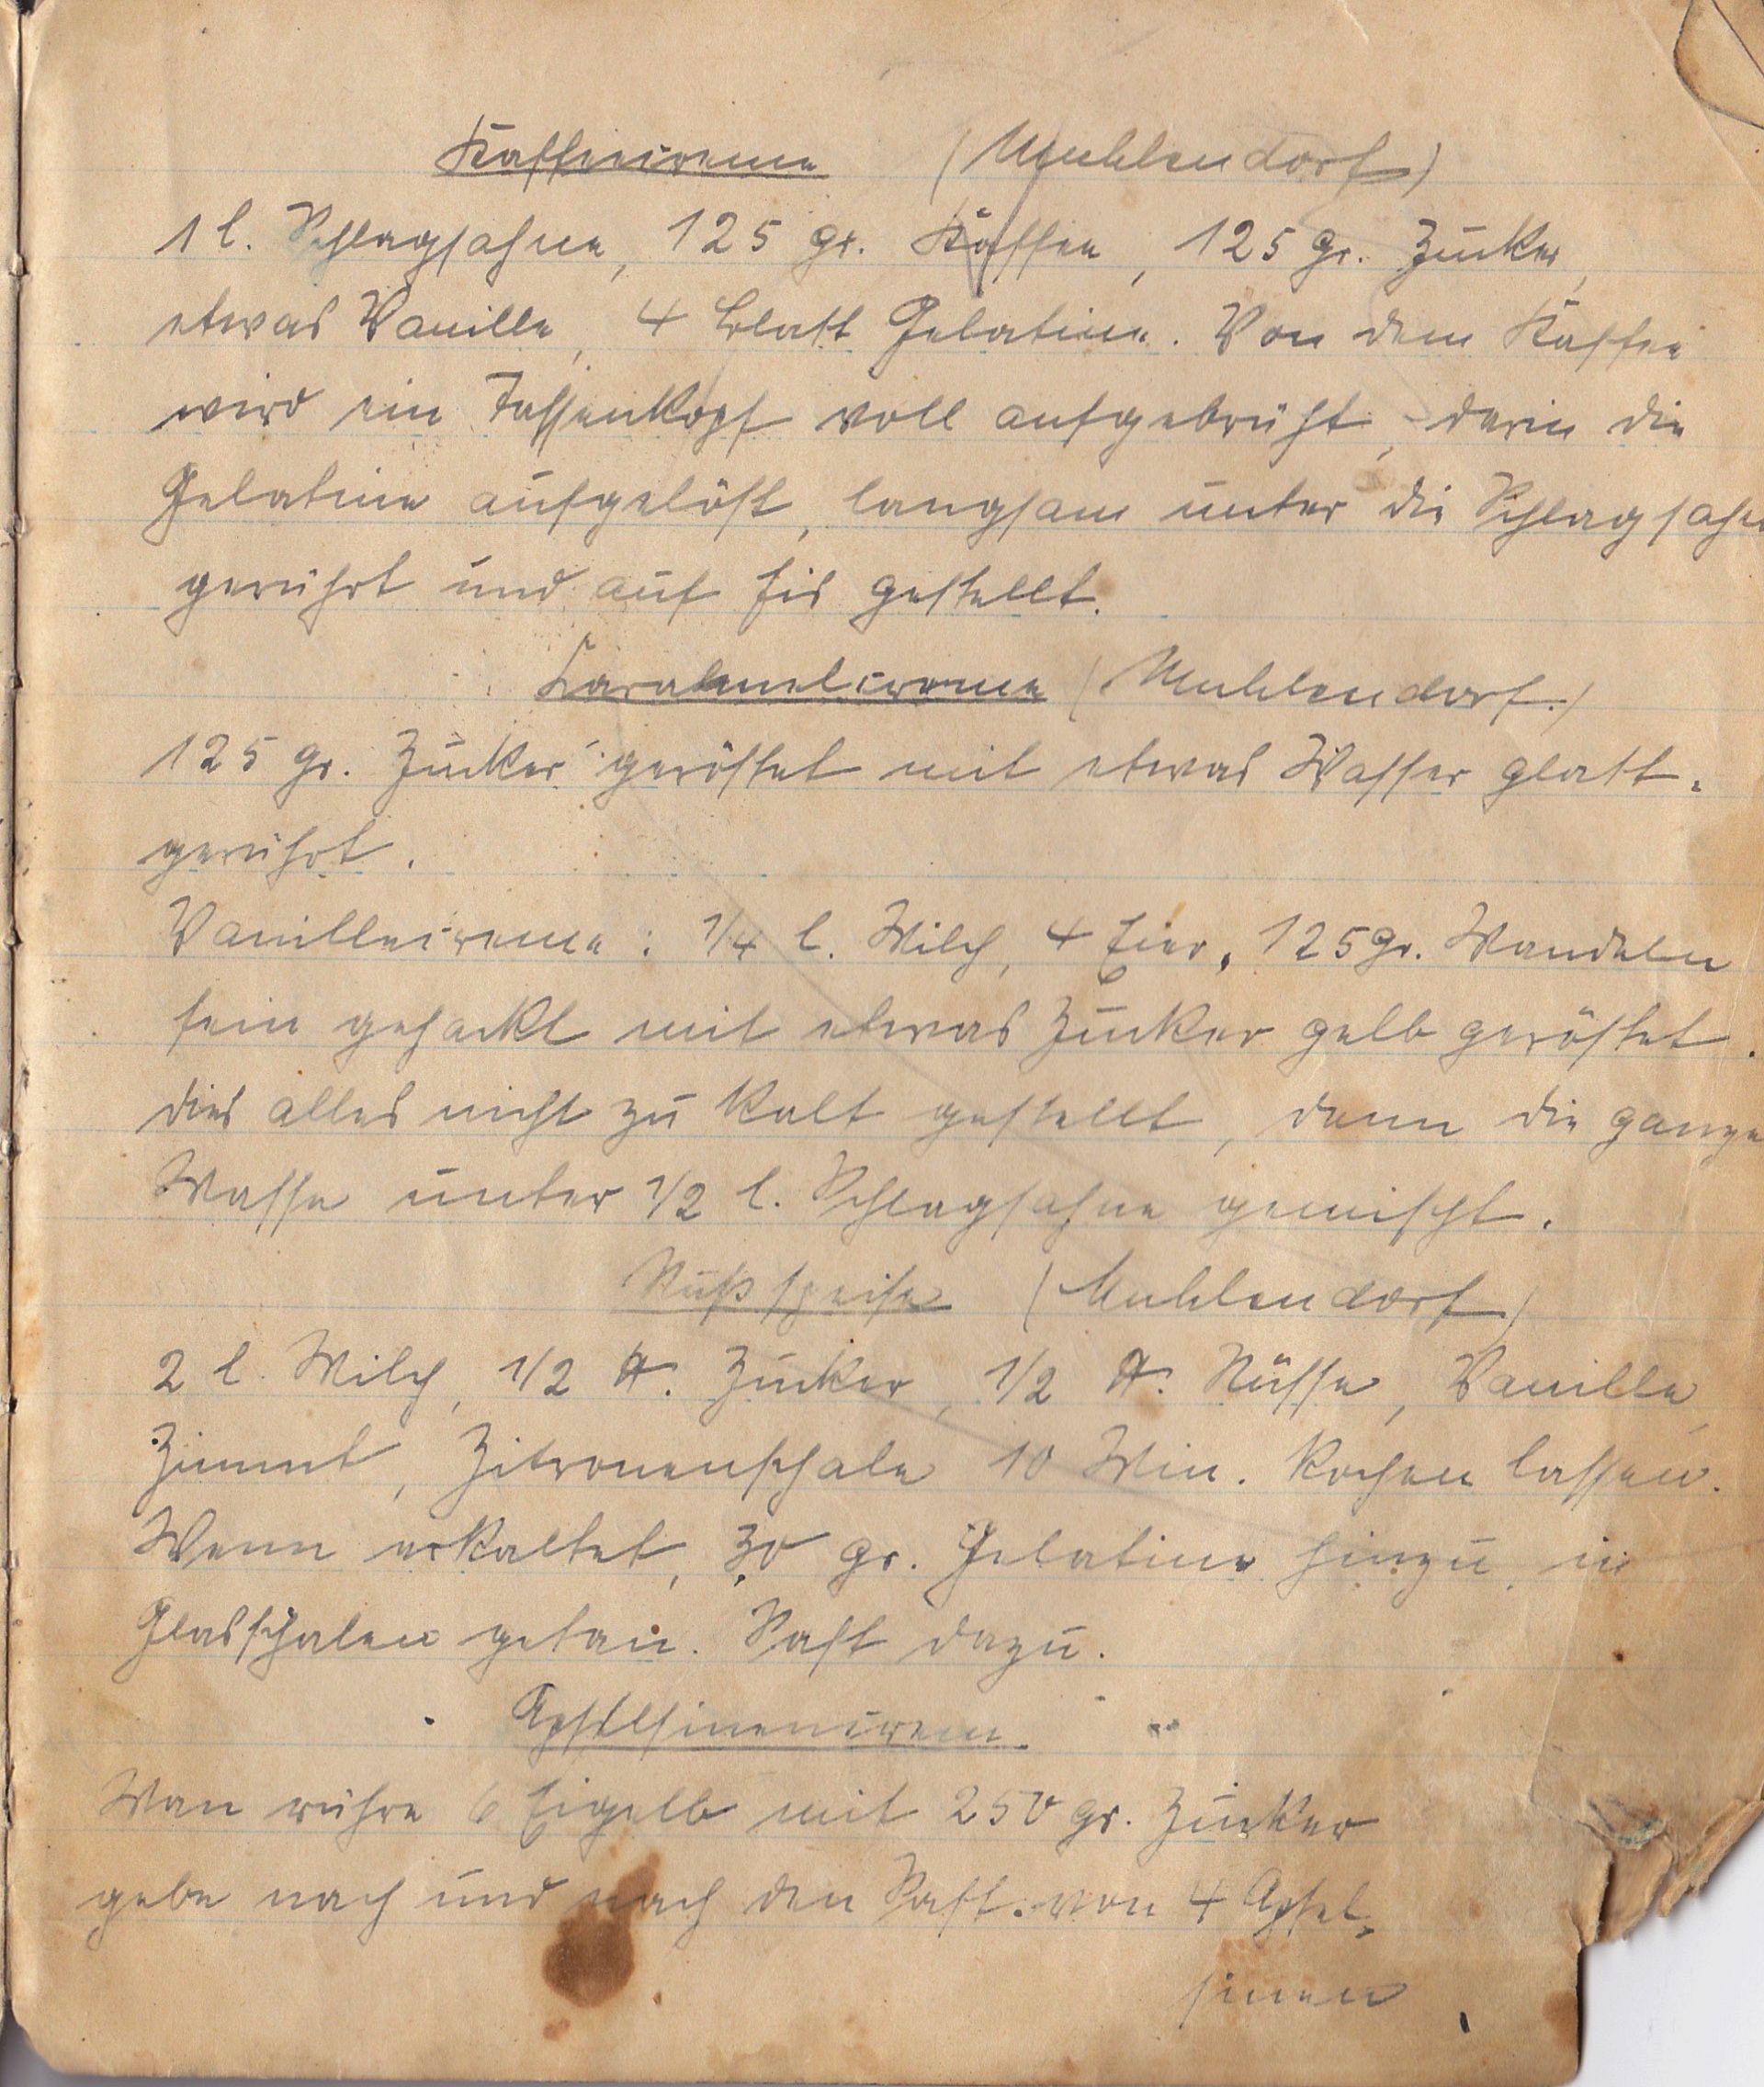
Kaffeecreme	(Muhlendorf)
1 l. Schlagsahne, 125 gr. Kaffee, 125 gr. Zucker
etwas Vanille, 4 Blatt Gelatine. Von dem Kaffee
wird ein Tassenkopf voll aufgebrüht, darin die
Gelatine aufgelöst,  langsam unter die Schlagsahne
gerührt und auf Eis gestellt.
Caralmelcreme (Muhlendorf)
125 gr. Zucker geröstet mit etwas Wasser glatt
gerührt.
Vanillecreme: ¼ l. Milch, 4 Eier, 125 gr. Mandeln
fein gehackt, mit etwas Zucker gelb geröstet.
Dies alles nicht zu kalt gestellt, dann die ganze
Masse unter ½ l. Schlagsahne gemischt.
Nußspeise (Muhlendorf)
2 l. Milch, ½ kg Zucker, ½ kg Nüsse, Vanille
Zimt, Zitronenschale 10 Min. kochen lassen.
Wenn erkaltet, 30 gr. Gelatine hinzu in
Glasschalen geben. Saft dazu.
Apfelsinencreme
Man rühre 6 Eigelb mit 250 gr. Zucker
gebe nach und nach den Saft von 4 Apfel¬
sinen